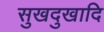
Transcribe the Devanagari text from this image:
सुखदुखादि